画像に写った文字を読んでください
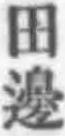
「田邊」と書いてあります